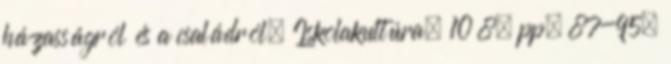
házasságról és a családról. Iskolakultúra, 10 8. pp. 87-95.